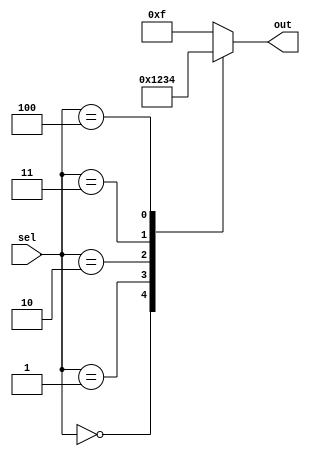
module parallel_case_statement (
  input wire [2:0] sel,
  output reg [3:0] out
);

always @* begin
  case (sel)
    3'b000: out <= 4'b0000;
    3'b001: out <= 4'b0001;
    3'b010: out <= 4'b0010;
    3'b011: out <= 4'b0011;
    3'b100: out <= 4'b0100;
    default: out <= 4'b1111;
  endcase
end

endmodule